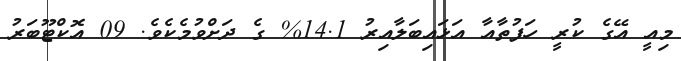
މިއީ އޭގެ ކުރީ ހަފުތާއާ އަޅައިބަލާއިރު 14.1% ގެ ދަށްވުމެކެވެ. 09 އޮކްޓޫބަރު